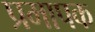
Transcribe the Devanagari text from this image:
प्रमापक